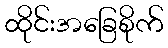
ထိုင်းအခြေစိုက်